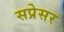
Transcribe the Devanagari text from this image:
सप्रेसर